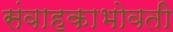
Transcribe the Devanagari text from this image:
संवाहकाभोवती